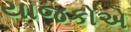
યાજકોએ